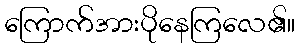
ကြောက်အားပိုနေကြလေ၏။